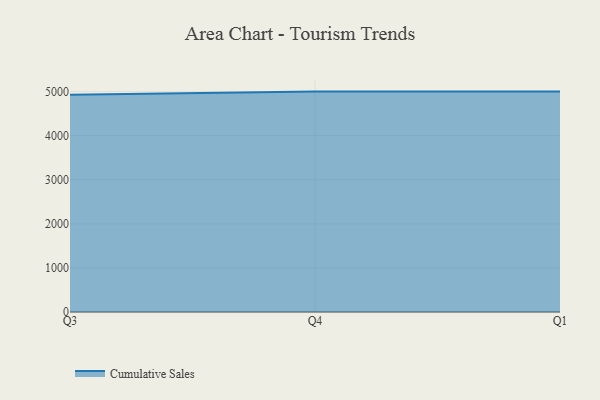
{"axis": {"x": "Quarter", "y": "Gross Profit (USD K)"}, "legend": ["Cumulative Sales"], "data": [{"x": "Q3", "y": 4929.8, "type": "Cumulative Sales"}, {"x": "Q4", "y": 5000, "type": "Cumulative Sales"}, {"x": "Q1", "y": 5000, "type": "Cumulative Sales"}]}